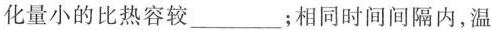
化量小的比热容较___；相同时间间隔内，温